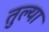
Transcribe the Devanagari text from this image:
तुल्या